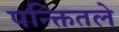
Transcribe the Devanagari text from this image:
पन्क्तितले